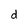
Character: d